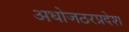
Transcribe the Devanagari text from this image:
अधोजठरप्रदेश